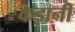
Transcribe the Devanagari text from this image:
कड़ानी